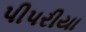
પીપરીયા